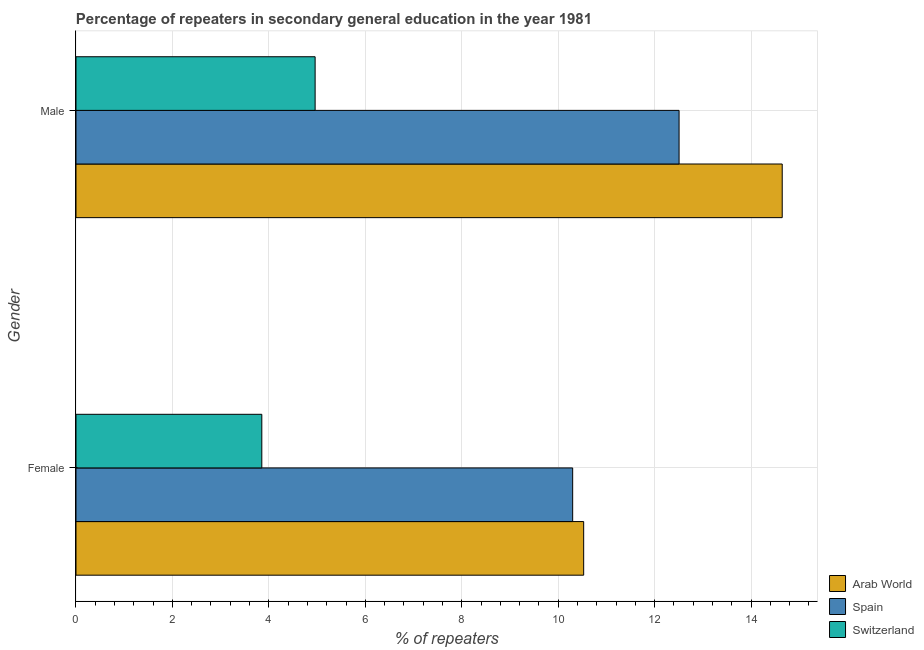
| Gender | Arab World | Spain | Switzerland |
 | --- | --- | --- | --- |
 | Female | 10.5 | 10.3 | 3.85 |
 | Male | 14.6 | 12.5 | 4.96 |